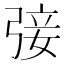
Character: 㢺